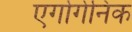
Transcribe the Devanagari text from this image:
एर्गोगेनिक